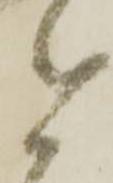
と